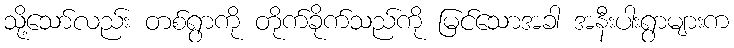
သို့သော်လည်း တစ်ရွာကို တိုက်ခိုက်သည်ကို မြင်သောအခါ အနီးပါးရွာများက